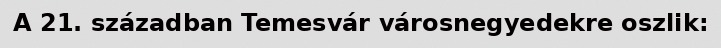
A 21. században Temesvár városnegyedekre oszlik: